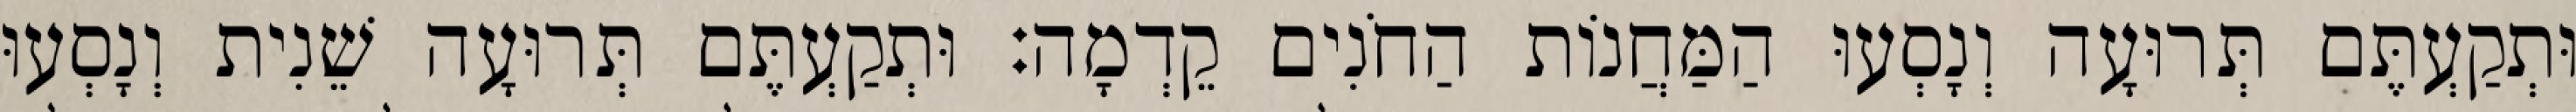
וּתְקַעְתֶּם תְּרוּעָה וְנָסְעוּ הַמַּחֲנוֹת הַחֹנִים קֵדְמָה׃ וּתְקַעְתֶּם תְּרוּעָה שֵׁנִית וְנָסְעוּ